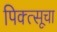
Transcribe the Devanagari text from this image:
पिक्त्सूचा